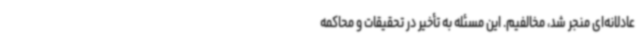
عادلانه‌ای منجر شد، مخالفیم. این مسئله به تأخیر در تحقیقات و محاکمه